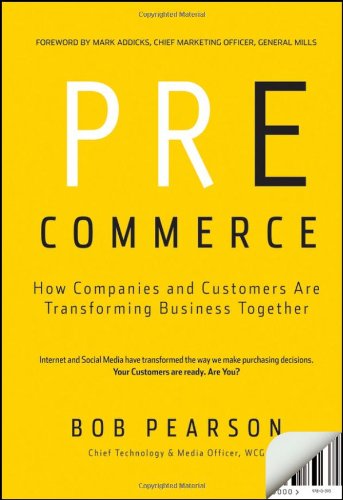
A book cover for Pre-Commerce: How Companies and Customers are Transforming Business Together; Bob Pearson; Computers & Technology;